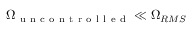
\Omega _ { \mathrm { ~ u ~ n ~ c ~ o ~ n ~ t ~ r ~ o ~ l ~ l ~ e ~ d ~ } } \ll \Omega _ { R M S }